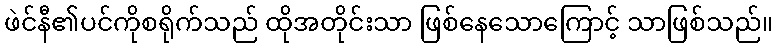
ဖဲင်နီ၏ပင်ကိုစရိုက်သည် ထိုအတိုင်းသာ ဖြစ်နေသောကြောင့် သာဖြစ်သည်။